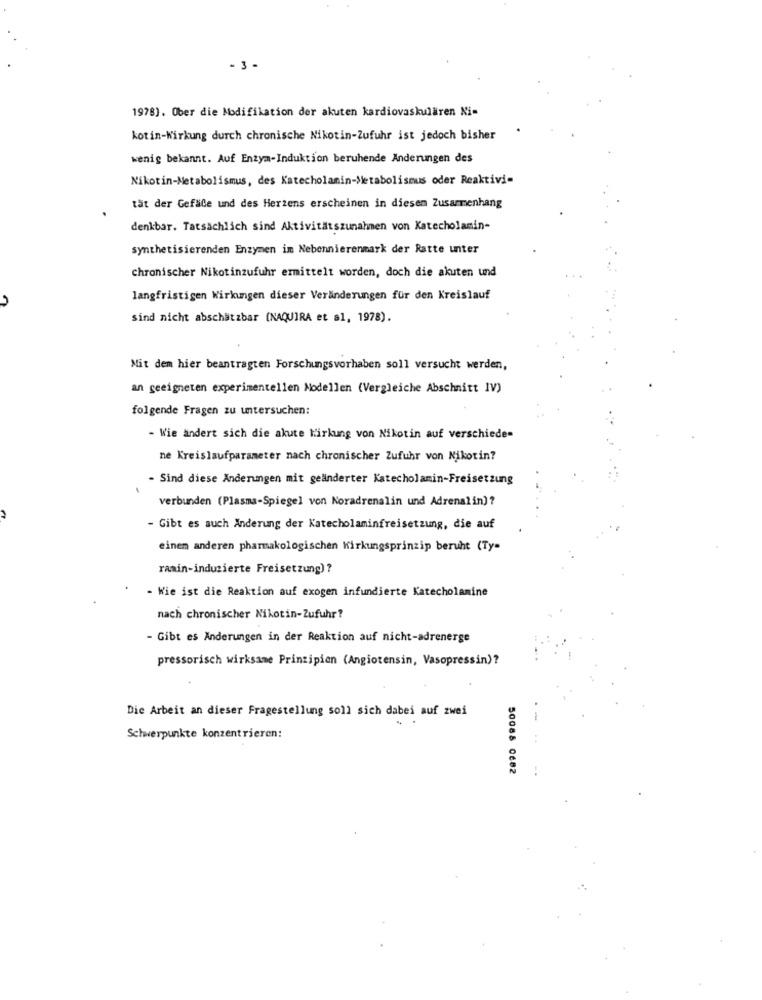
- 3 -
1978). Ober die Modifikation der akuten kardiovaskulären Ni-
kotin-Wirkung durch chronische Nikotin-Zufuhr ist jedoch bisher
wenig bekannt. Auf Enzym-Induktion beruhende Änderungen des
Nikotin-Metabolismus, des Katecholamin-Metabolismus oder Reaktivi-
tät der Gefäle und des Herzens erscheinen in diesem Zusammenhang
denkbar. Tatsächlich sind Aktivitätszunahmen von Katecholamin-
synthetisierenden Enzymen im Nebennierenmark der Ratte unter
chronischer Nikotinzufuhr ermittelt worden, doch die akuten und
langfristigen Wirkungen dieser Veränderungen für den Kreislauf
sind nicht abschätzbar (NAQUIRA et al, 1978).
Mit dem hier beantragten Forschungsvorhaben soll versucht werden,
an geeigneten experimentellen Modellen (Vergleiche Abschnitt IV)
folgende Fragen zu untersuchen:
- Wie ändert sich die akute Wirkung von Nikotin auf verschieden
ne Kreislaufparameter nach chronischer Zufuhr von Nikotin?
- Sind diese Änderungen mit geänderter Katecholamin-Freisetzung
verbunden (Plasma-Spiegel von Noradrenalin und Adrenalin) ?
- Gibt es auch Änderung der Katecholaminfreisetzung, die auf
einem anderen pharmakologischen Wirkungsprinzip beruht (Ty-
ramin-induzierte Freisetzung) ?
- Wie ist die Reaktion auf exogen infundierte Katecholamine
nach chronischer Nikotin-Zufuhr?
- Gibt es Änderungen in der Reaktion auf nicht-adrenerge
pressorisch wirksame Prinzipien (Angiotensin, Vasopressin)?
Die Arbeit an dieser Fragestellung soll sich dabei auf zwei
-
Schwerpunkte konzentrieren:
50068 0682